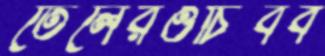
তেলেরওচিবব